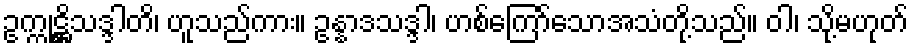
ဥက္ကုဋ္ဌိသဒ္ဒါတိ၊ ဟူသည်ကား။ ဥန္နာဒသဒ္ဒါ၊ ဟစ်ကြော်သောအသံတို့သည်။ ဝါ၊ သို့မဟုတ်